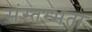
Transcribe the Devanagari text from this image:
संस्तम्भता